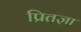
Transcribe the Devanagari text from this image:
प्रितज्ञा